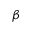
\beta